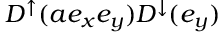
D ^ { \uparrow } ( a e _ { x } e _ { y } ) D ^ { \downarrow } ( e _ { y } )